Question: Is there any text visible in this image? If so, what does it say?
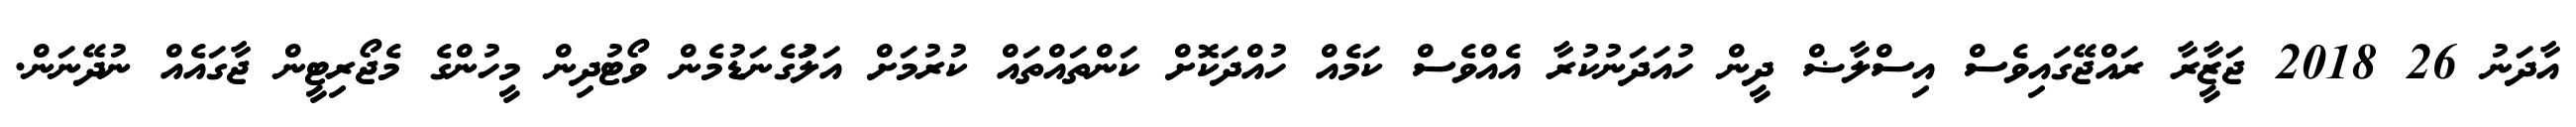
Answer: އާދަނު 26 2018 ޖަޒާީރާ ރައްޖޭގައިވެސް އިސްލާޟް ދީން ހުއަދަނުކުރާ އެއްވެސް ކަމެއް ހުއްދަކޮށް ކަންތައްތައް ކުރުމަށް އަލަުގެނަޑުމެން ވޯޓުދިން މީހުންގެ މެޖޯރިޓީން ޖާގައެއް ނުދޭނަން.